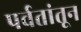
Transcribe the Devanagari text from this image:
पर्वतांतून